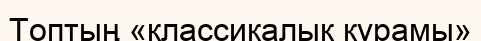
Топтың «классикалық құрамы»